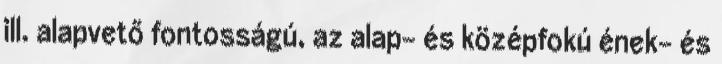
ill. alapvető fontosságú, az alap- és középfokú ének- és